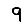
Digit: 9